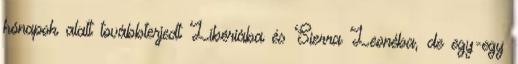
hónapok alatt továbbterjedt Libériába és Sierra Leonéba, de egy-egy